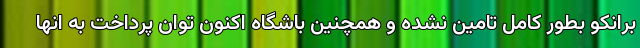
برانکو بطور کامل تامین نشده و همچنین باشگاه اکنون توان پرداخت به انها